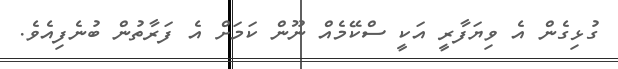
ގުޅިގެން އެ ވިޔަފާރީ އަކީ ސްކޭމެއް ނޫން ކަމަށް އެ ފަރާތުން ބުނެފިއެވެ.